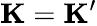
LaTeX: {\mathbf K}={\mathbf K}^{\prime}